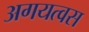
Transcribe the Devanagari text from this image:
अगयत्वस